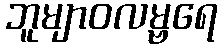
ဘူမျာဝလမ္ဗရေ